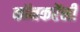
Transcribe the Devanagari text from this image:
कॉनकरेंसी